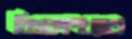
বিশ্বকাপখ্যাত